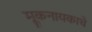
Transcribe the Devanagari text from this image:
मूकनायकाचे